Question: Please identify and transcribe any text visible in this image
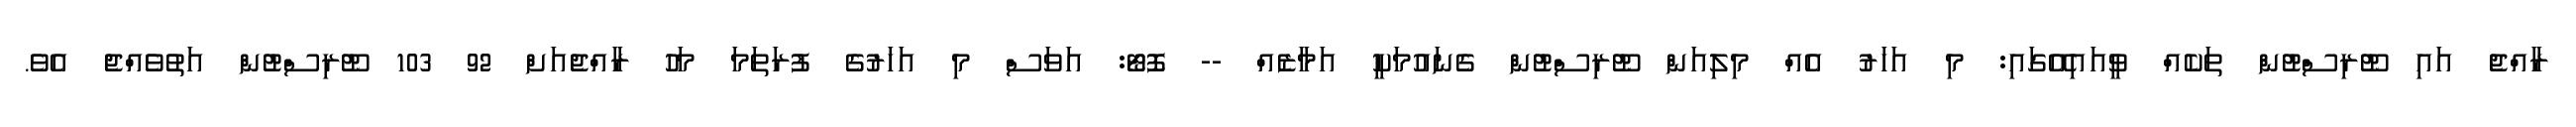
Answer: ރާއްޖެ އައި ޓޫރިސްޓުން ތަކެއް ވީއައިއޭގައި: މި އަހަރު އެއް މިލިއަން ޓޫރިސްޓުން ގެނައުމަކީ އަމާޒެއް -- ފޮޓޯ: އަވަސް މި އަހަރުގެ ފުރަތަމަ މަހު ރާއްޖެއަށް 92 103 ޓޫރިސްޓުން އަތުވެއްޖެ އެވެ.